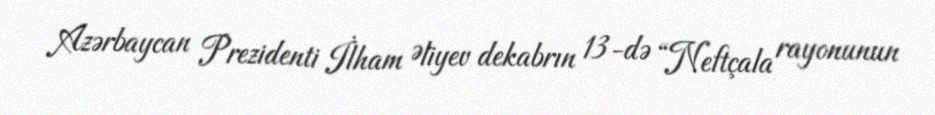
Azərbaycan Prezidenti İlham Əliyev dekabrın 13-də “Neftçala rayonunun